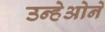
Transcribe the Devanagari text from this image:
उन्हेओने